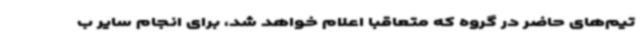
تیم‌های حاضر در گروه که متعاقبا اعلام خواهد شد، برای انجام سایر ب